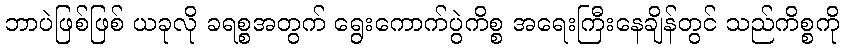
ဘာပဲဖြစ်ဖြစ် ယခုလို ခရစ္စအတွက် ရွေးကောက်ပွဲကိစ္စ အရေးကြီးနေချိန်တွင် သည်ကိစ္စကို